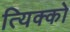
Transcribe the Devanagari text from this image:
त्यिक्को